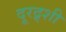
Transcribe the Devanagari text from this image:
दूरद्र्शी